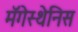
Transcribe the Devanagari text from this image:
मॅगेस्थेनिस